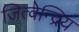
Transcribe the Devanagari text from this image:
जित्वेन्द्रिय